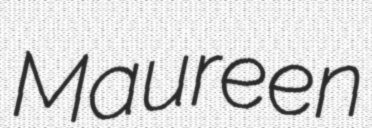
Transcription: Maureen